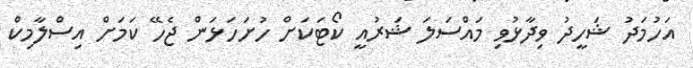
އަހުމަދު ޝަހީދު ވިދާޅުވި މައްސަލަ ޝަރުއީ ކޯޓަކަށް ހުށަހަޅަން ޖެހޭ ކަމަށް އިސްލާމިކް